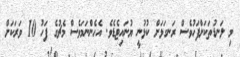
މި ލަނޑުތަކަށްފަހުވެސް ރަނގަޅަށް ކުޅުނީ ޔުނައިޓެޑެވެ. އެހެންނަމަވެސް މެޗުގެ ފަހު 10 ވަރަކަށް